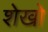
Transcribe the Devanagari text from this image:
शेखो